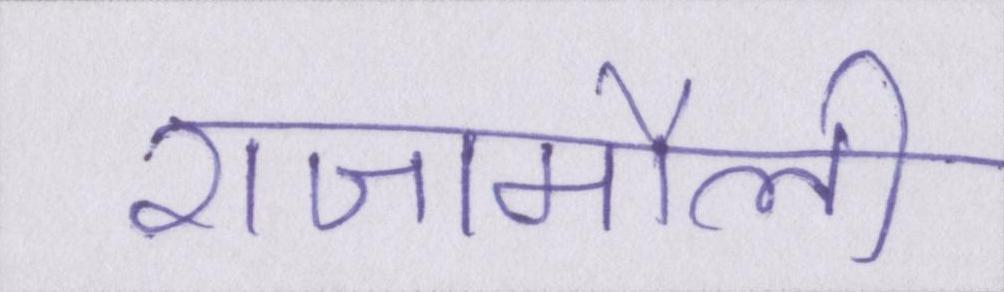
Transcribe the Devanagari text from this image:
राजामौली